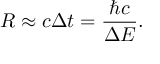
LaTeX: R \approx c \Delta t = \frac { \hbar c } { \Delta E } .